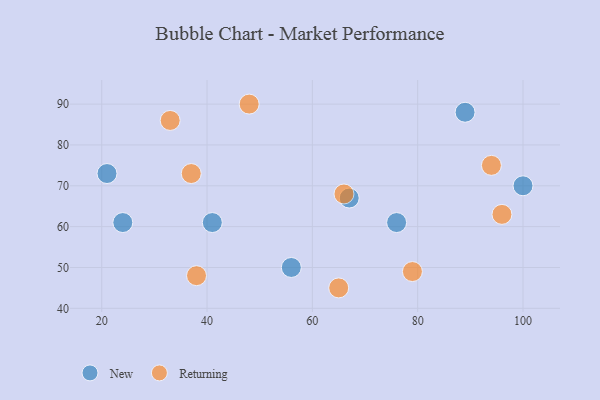
{"axis": {"x": "GDP", "y": "Life Expectancy"}, "legend": ["New", "Returning"], "data": [{"x": "67", "y": 67, "type": "New"}, {"x": "21", "y": 73, "type": "New"}, {"x": "56", "y": 50, "type": "New"}, {"x": "89", "y": 88, "type": "New"}, {"x": "41", "y": 61, "type": "New"}, {"x": "24", "y": 61, "type": "New"}, {"x": "76", "y": 61, "type": "New"}, {"x": "100", "y": 70, "type": "New"}, {"x": "33", "y": 86, "type": "Returning"}, {"x": "65", "y": 45, "type": "Returning"}, {"x": "66", "y": 68, "type": "Returning"}, {"x": "79", "y": 49, "type": "Returning"}, {"x": "37", "y": 73, "type": "Returning"}, {"x": "48", "y": 90, "type": "Returning"}, {"x": "94", "y": 75, "type": "Returning"}, {"x": "96", "y": 63, "type": "Returning"}, {"x": "38", "y": 48, "type": "Returning"}]}